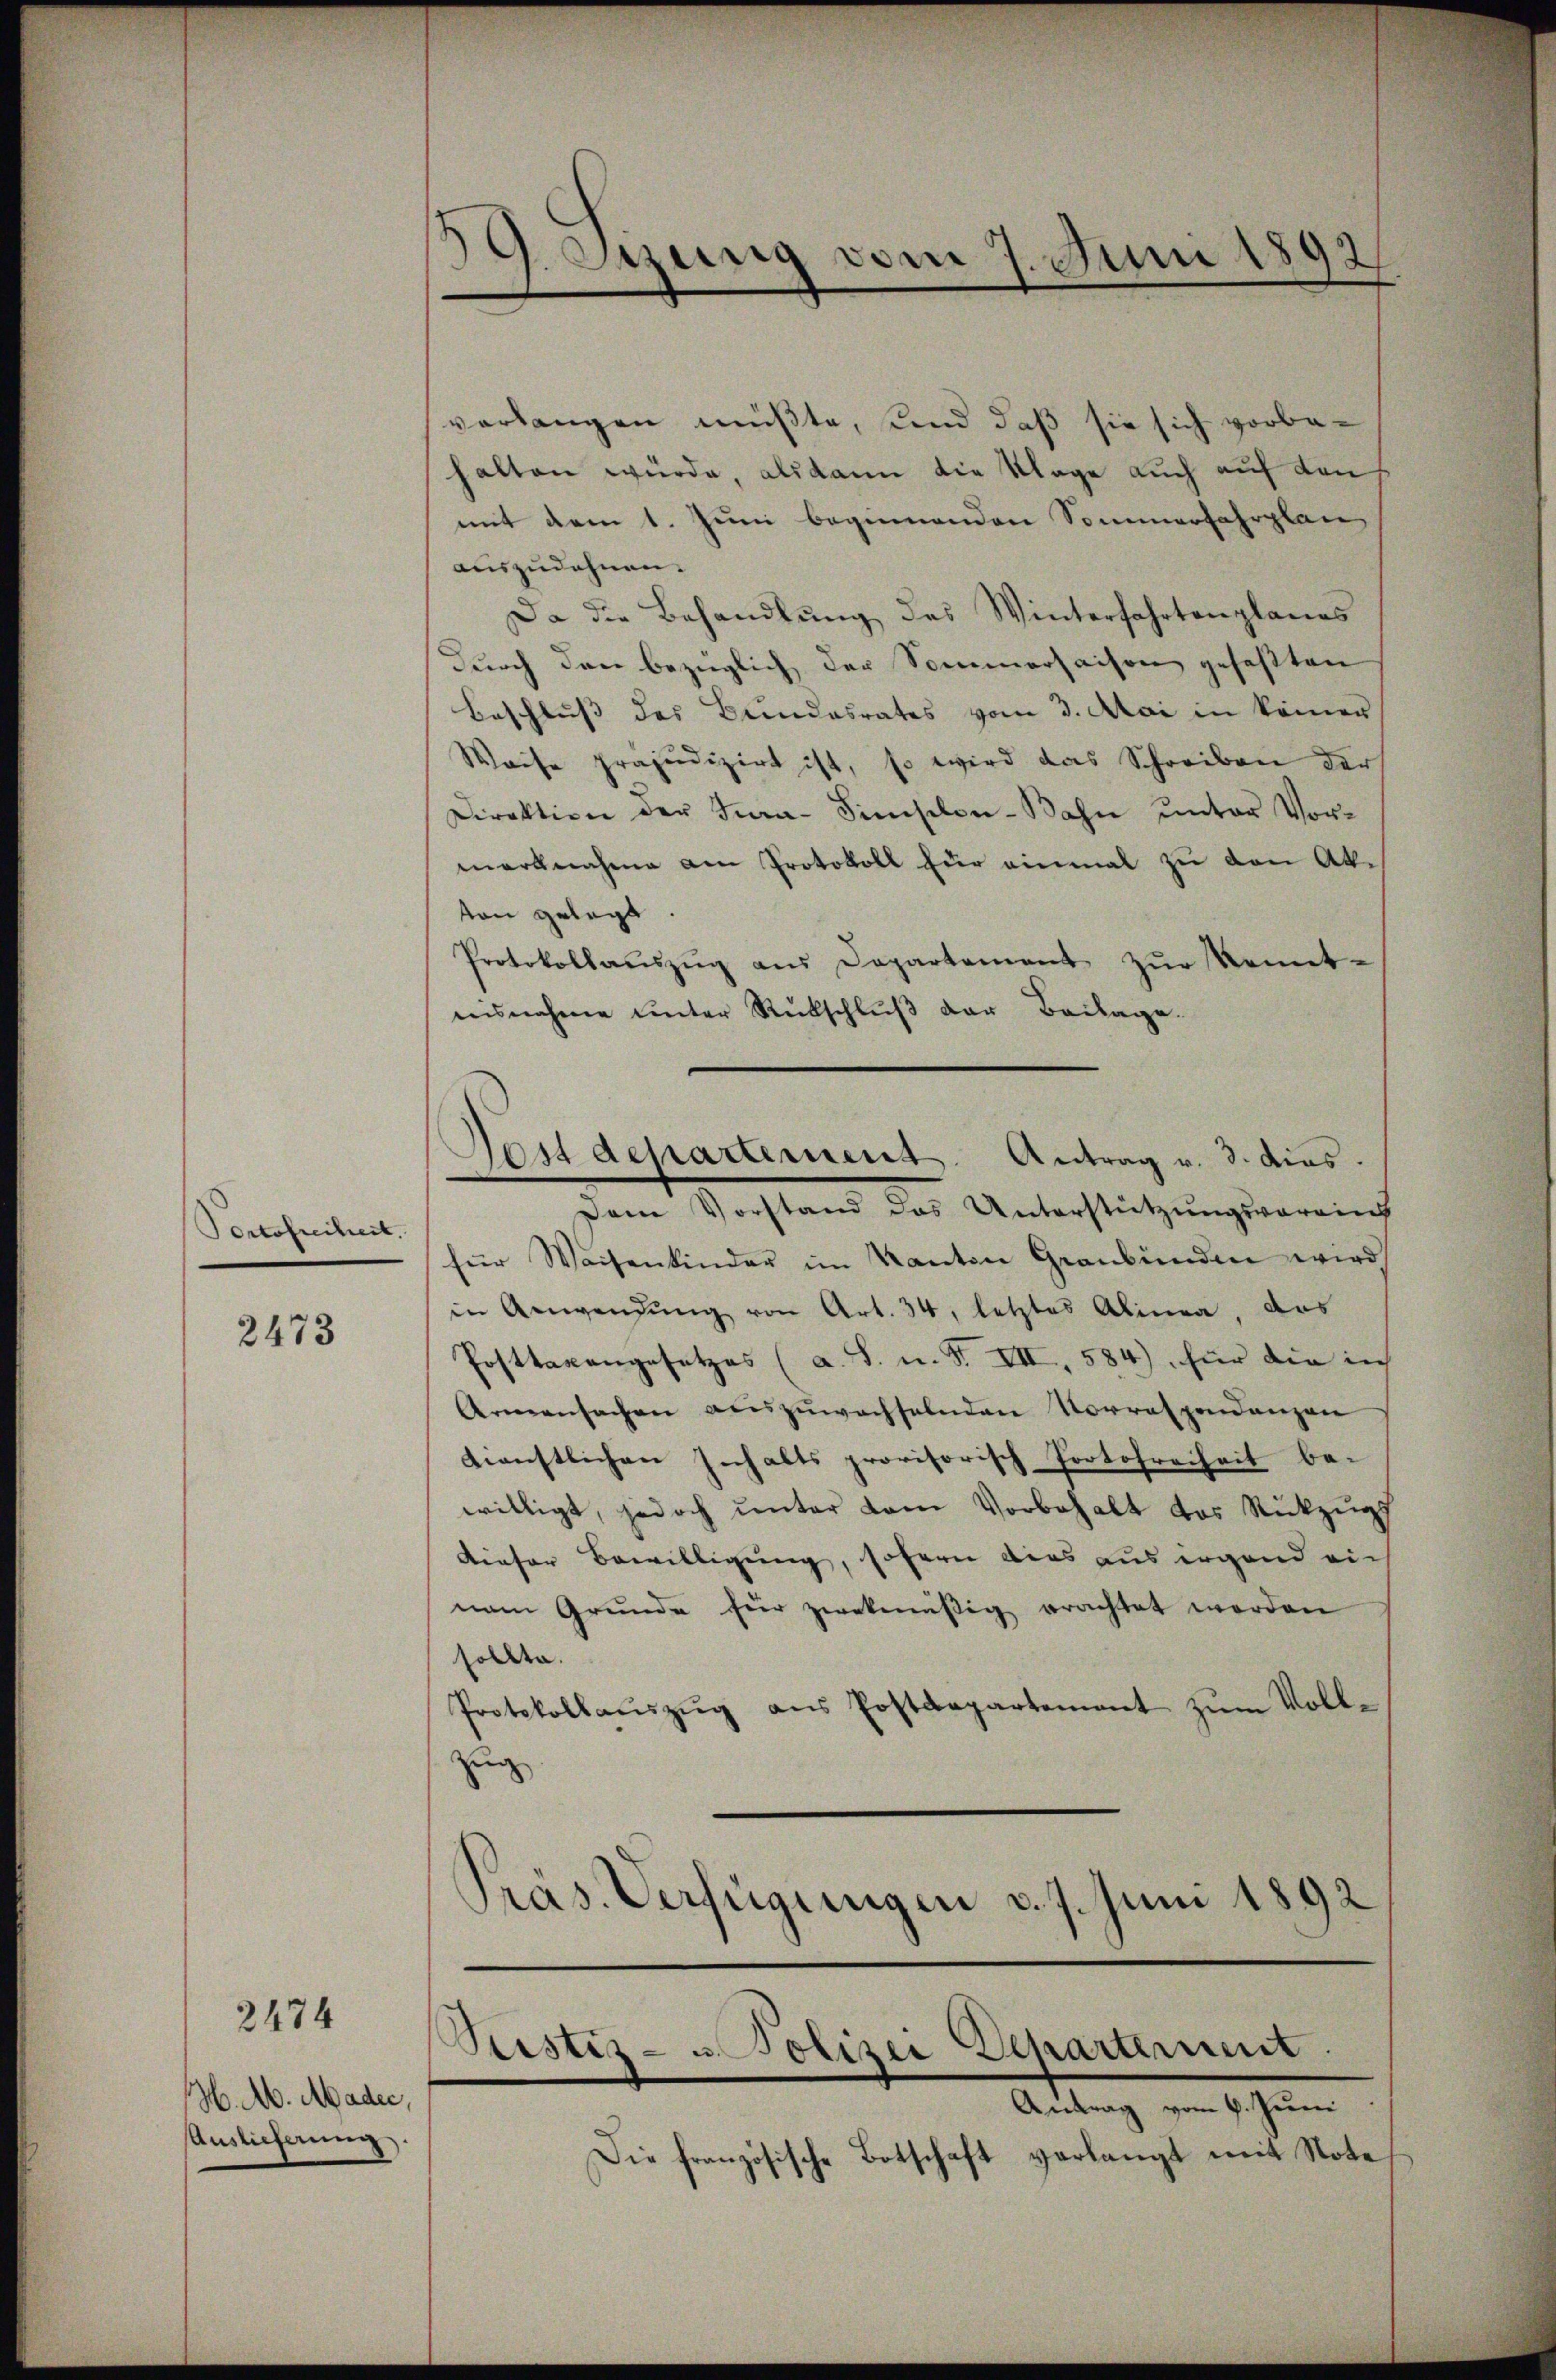
Portofreiheit.

2473

M. Ab. Mader,
Auslieferung.

2474

19. Szung vom 7. Juni 1892

verlangen müßte, und daß sie sich vorbehalten würde, alsdann die Klage auch auf dans
mit dem 1. Juni beginnenden Sommerfahrplan
auszudehnen.
Da die Behandlŭng des Winterfahrtenplanes
durch den bezüglich der Sommersaison gefaßten
Beschluss des Bundesrates vom 3. Mai in keiner
Waise präjudizirt ist, so wird das Schreiben der
Direktion der Jura-Simselon-Bahn unter Vormarknahme am Protokoll für einmal zu den Akton gelegt.
Protokollaŭszŭg aŭs Departement zŭr Kennt-
nisnahme unter Rückschlŭβ der Beilage.
Dem Vorstand das Unterstützungsvereinf
für Waisenkinder im Kanton Graubünden wird
in Anwendŭng von Art. 34, letztes Alinea, das
Posttaxangesetzes (a. S. u. St. VII, 584), für die ich
Armensachen aŭszŭwachselnden Vorrespendanzen
dienstlichen Inhalts provisorisch Protofreiheit be-
willigt, jedoch ŭnter dem Vorbehalt das Rückzŭgs
dieser Bewilligung, sofern dies aus irgend ein
nem Grunde für zwekmäßig erachtet werden
sollte.
Protokollaŭszŭg aŭs Postdepartement zŭm Voll-
Zug
Präs. Verfügungen d. 7. Juni 1892

Postdepartement. Antrag v. 3. dies.

Ptistiz- u. Polizei Departement.

Antrag vom 6. Juni
Die französische Botschaft verlangt mit Note